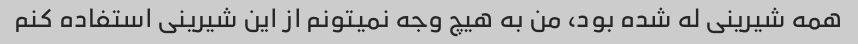
همه شیرینی له شده بود، من به هیچ وجه نمیتونم از این شیرینی استفاده کنم